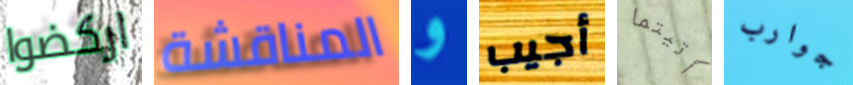
اركضوا المناقشة و أجيب أتيتما جوارب